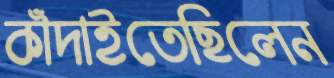
কাঁদাইতেছিলেন